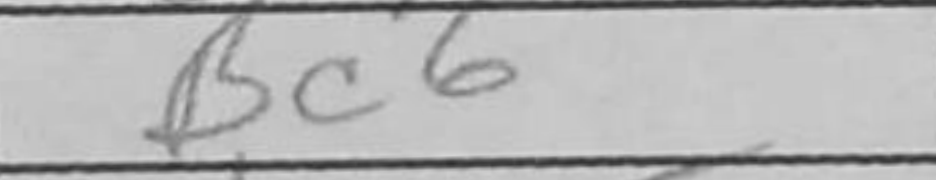
Transcription: Bc6